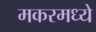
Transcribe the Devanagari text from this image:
मकरमध्ये